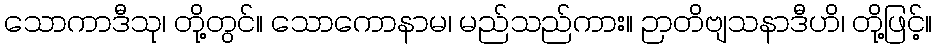
သောကာဒီသု၊ တို့တွင်။ သောကောနာမ၊ မည်သည်ကား။ ဉာတိဗျသနာဒီဟိ၊ တို့ဖြင့်။